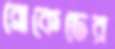
ব্রোকেডের